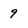
Character: 9